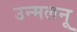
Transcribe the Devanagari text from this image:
उन्मलनू